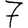
Digit: 7